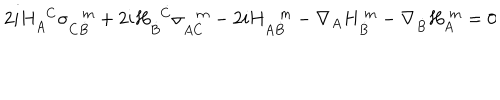
2 i H _ { A } ^ { \ \ C } \sigma _ { C \dot { B } } ^ { \ \ \ m } + 2 i H _ { \dot { B } } ^ { \ \ \dot { C } } \sigma _ { A \dot { C } } ^ { \ \ \ m } - 2 i H _ { A \dot { B } } ^ { \ \ \ m } - \nabla _ { A } H _ { \dot { B } } ^ { \ m } - \nabla _ { \dot { B } } H _ { A } ^ { \ m } = 0